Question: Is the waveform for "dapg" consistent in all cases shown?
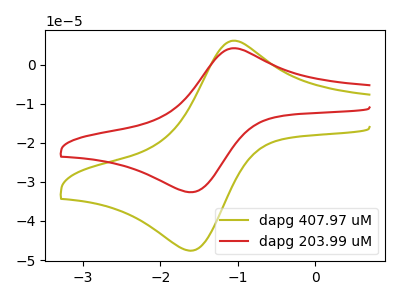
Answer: <think>The olive curve "dapg 407.97 uM" has an anodic peak at (-1.05V, 6.15uA) and a cathodic peak at (-1.55V, -47.45uA). The red curve "dapg 203.99 uM" has an anodic peak at (-1.05V, 4.20uA) and a cathodic peak at (-1.55V, -32.55uA).
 All the peaks in "dapg 407.97 uM" have a peak in "dapg 203.99 uM" at the same potential. Every peak in "dapg 407.97 uM" is higher than every peak in "dapg 203.99 uM".</think>
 <answer>All the CV's of "dapg" have similar shape.</answer>
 <eval>follow_rule</eval>